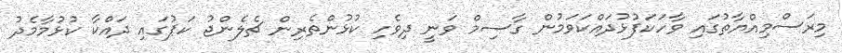
މިރަސްމިއްޔާތުގައި ވާހަކަފުޅުދައްކަވަމުން ގާސިމް ވަނީ ދިވެހި ކުޅުންތެރިން ޗެލެންޖު ކަޕުގައި ދައްކާ ކުޅުމާމެދު